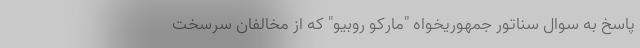
پاسخ به سوال سناتور جمهوریخواه "مارکو روبیو" که از مخالفان سرسخت